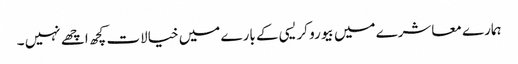
ہمارے معاشرے میں بیورو کریسی کے بارے میں خیالات کچھ اچھے نہیں ۔